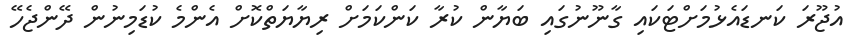
އުޖޫރަ ކަނޑައެޅުމަށްޓަކައި ގާނޫނުގައި ބަޔާން ކުރާ ކަންކަމަށް ރިޔާޔަތްކޮށް އެންމެ ކުޑަމިނުން ދޭންޖެހޭ